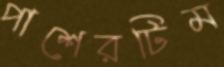
পাশেরটিম